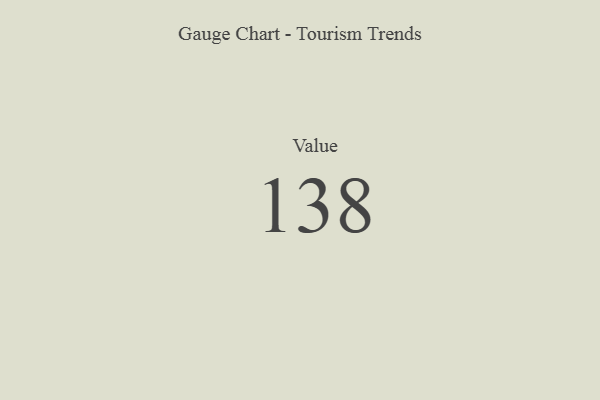
{"axis": {"x": "Metric", "y": "Value"}, "legend": [""], "data": [{"x": "Value", "y": 138, "type": ""}]}